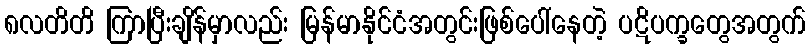
၈လတိတိ ကြာပြီးချိန်မှာလည်း မြန်မာနိုင်ငံအတွင်းဖြစ်ပေါ်နေတဲ့ ပဋိပက္ခတွေအတွက်